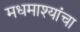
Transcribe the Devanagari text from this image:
मधमाश्यांंचा